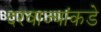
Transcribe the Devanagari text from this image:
दरवाज्यांकडे